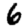
Digit: 6